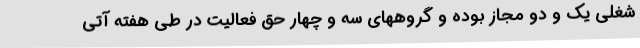
شغلی یک و دو مجاز بوده و گروههای سه و چهار حق فعالیت در طی هفته آتی